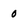
Character: 0